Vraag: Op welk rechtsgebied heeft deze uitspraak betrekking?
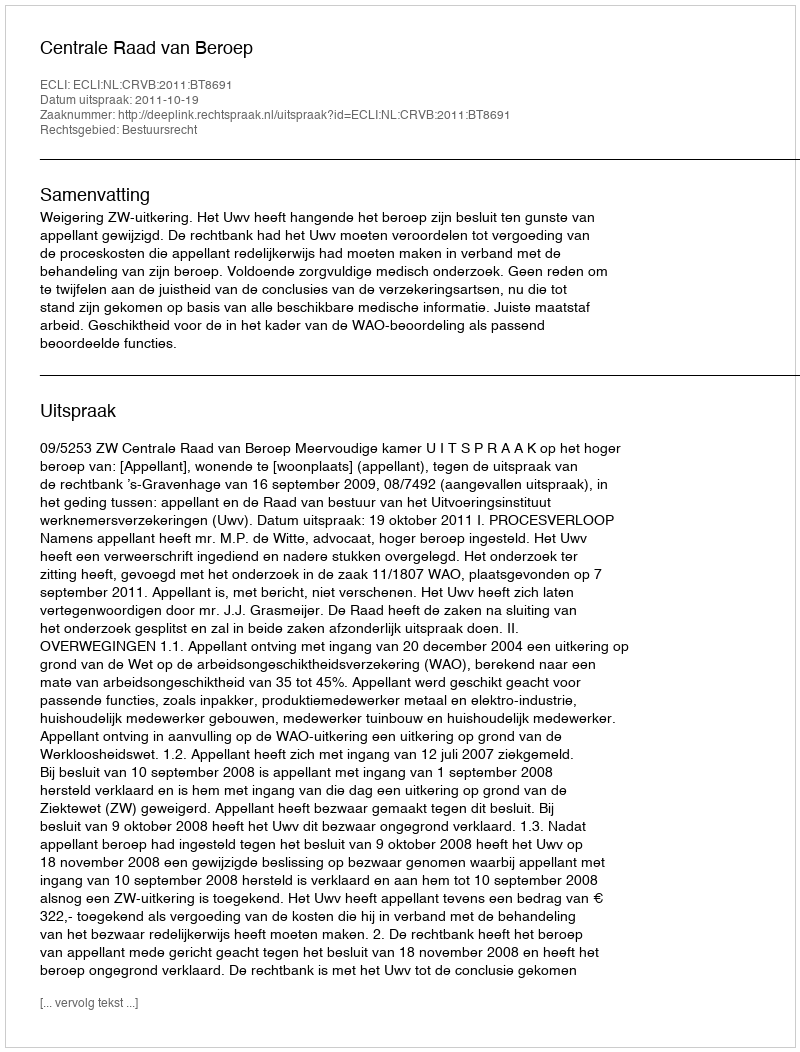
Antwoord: Bestuursrecht